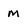
Character: M